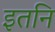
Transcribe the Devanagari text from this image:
इतनि